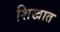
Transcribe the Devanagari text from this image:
शिखात